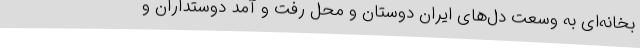
بخانه‌ای به وسعت دل‌های ایران دوستان و محل رفت و آمد دوستداران و